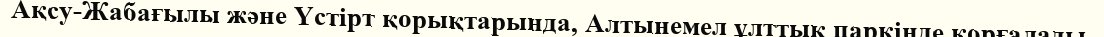
Ақсу-Жабағылы және Үстірт қорықтарында, Алтынемел ұлттық паркінде қорғалады.